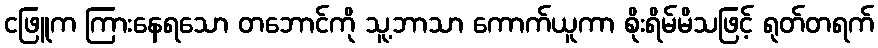
ငဖြူက ကြားနေရသော တဘောင်ကို သူ့ဘာသာ ကောက်ယူကာ စိုးရိမ်မိသဖြင့် ရုတ်တရက်